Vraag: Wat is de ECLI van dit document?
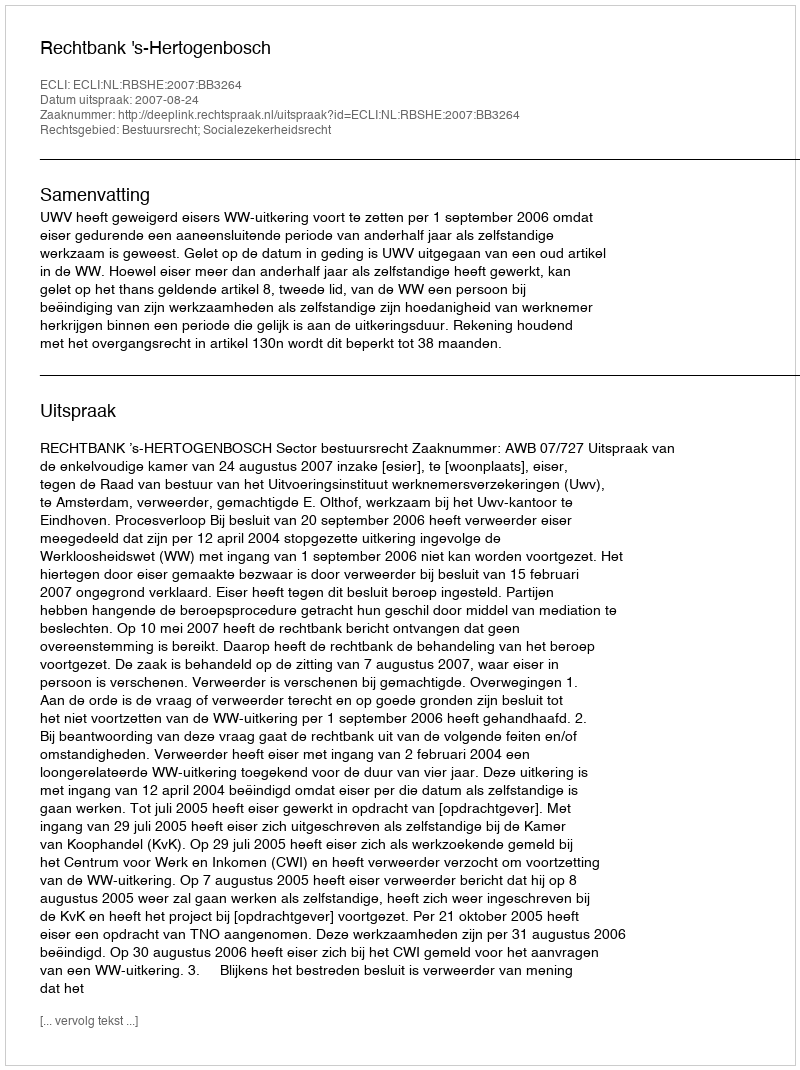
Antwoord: ECLI:NL:RBSHE:2007:BB3264